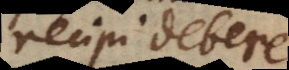
recipi debere